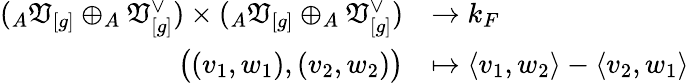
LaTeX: \begin{array}{rl}{(_{A}\mathfrak{V}_{[g]}\oplus_{A}\mathfrak{V}_{[g]}^{\vee})\times(_{A}\mathfrak{V}_{[g]}\oplus_{A}\mathfrak{V}_{[g]}^{\vee})}&{\to k_{F}}\\ {\big((v_{1},w_{1}),(v_{2},w_{2})\big)}&{\mapsto\langle v_{1},w_{2}\rangle-\langle v_{2},w_{1}\rangle}\end{array}